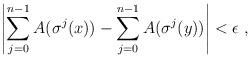
LaTeX: \begin{align*}\left| \sum_{j=0}^{n-1} A(\sigma^j(x)) - \sum_{j=0}^{n-1} A(\sigma^j(y)) \right| < \epsilon \ ,\end{align*}